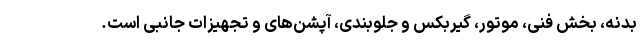
بدنه، بخش فنی، موتور، گیربکس و جلوبندی، آپشن‌های و تجهیزات جانبی است.